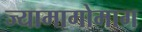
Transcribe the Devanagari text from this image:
ज्यामागोमाग